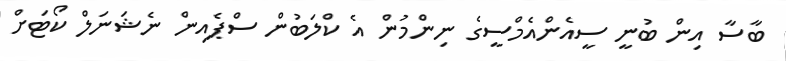
ބާސާ އިން ބުނީ ސީއެންއެމްސީގެ ނިންމުން އެ ކްލަބުން ސްޕެއިން ނެޝަނަލް ކޯޓަށް